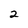
Character: 2